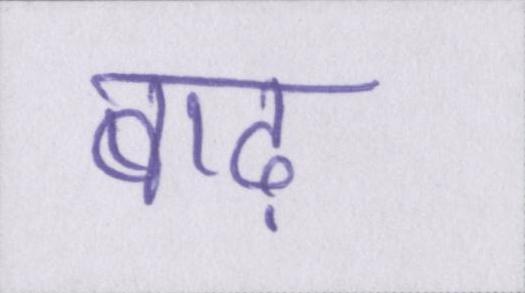
बाढ़